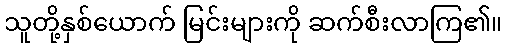
သူတို့နှစ်ယောက် မြင်းများကို ဆက်စီးလာကြ၏။